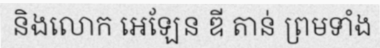
និងលោក អេឡែន ឌី តាន់ ព្រមទាំង